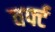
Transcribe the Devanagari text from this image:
वर्फ्ट